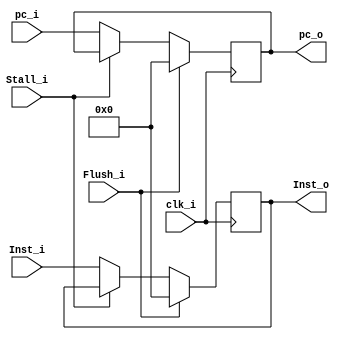
//Done
module IFID(clk_i, Inst_i,Inst_o,pc_i,pc_o,Stall_i,Flush_i);
input [31:0] Inst_i,pc_i;
input clk_i,Stall_i,Flush_i;
output [31:0] Inst_o,pc_o;

reg [31:0] Inst_R,pc_r;
assign Inst_o=Inst_R,pc_o=pc_r;

initial begin
    Inst_R=32'h0000;
    pc_r=32'h0000;
end

always @ (posedge clk_i) begin
    if(Flush_i) begin
        Inst_R<=32'h0000;
        pc_r<=32'h0000;
    end
    else if(Stall_i==0) begin
        Inst_R<=Inst_i;
        pc_r<=pc_i;
    end
    
end


endmodule